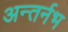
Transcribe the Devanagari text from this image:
अन्तर्नभ